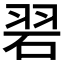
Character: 𮵒